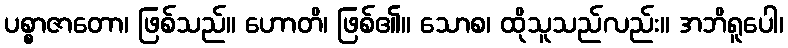
ပစ္စာဇာတော၊ ဖြစ်သည်။ ဟောတိ၊ ဖြစ်၏။ သောစ၊ ထိုသူသည်လည်း။ အဘိရူပေါ၊